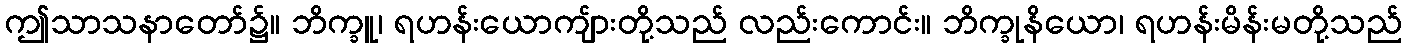
ဤသာသနာတော်၌။ ဘိက္ခူ၊ ရဟန်းယောကျ်ားတို့သည် လည်းကောင်း။ ဘိက္ခုနိယော၊ ရဟန်းမိန်းမတို့သည်